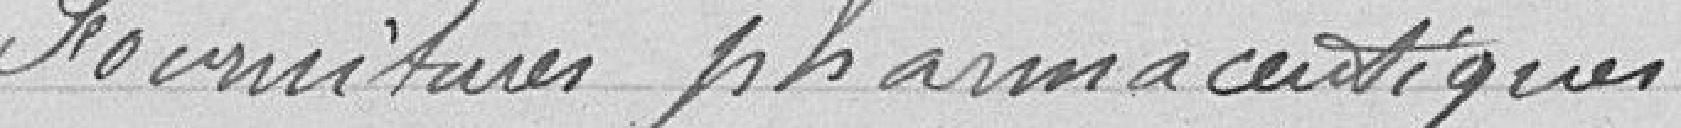
fournitures pharmaceutiques